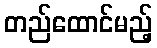
တည်ထောင်မည့်